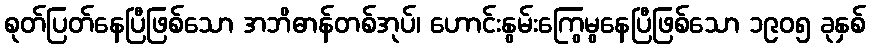
စုတ်ပြတ်နေပြီဖြစ်သော အဘိဓာန်တစ်အုပ်၊ ဟောင်းနွမ်းကြွေမွနေပြီဖြစ်သော ၁၉၀၅ ခုနှစ်